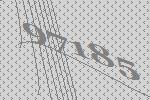
97185